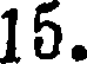
15.